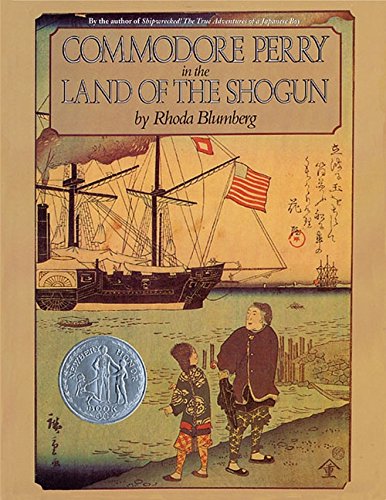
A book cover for Commodore Perry in the Land of the Shogun; Rhoda Blumberg; Biographies & Memoirs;